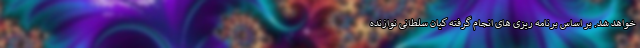
خواهد شد. بر اساس برنامه ریزی های انجام گرفته کیان سلطانی نوازنده